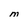
Character: M